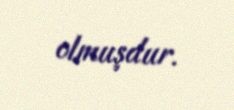
olmuşdur.